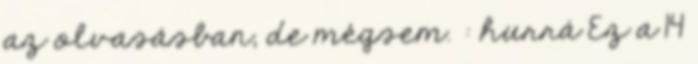
az olvasásban, de mégsem. : hurrá Ez a 14